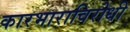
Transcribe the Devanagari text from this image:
कारभाराविरोधी